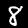
Digit: 8